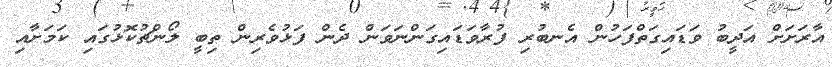
އާރަށަށް އަދީބު ވަޑައިގަތްފަހުން އެނބުރި ފުރާވަޑައިގަންނަވަން ދެން ފަޅުވެރިން ތިބީ ލޯންޗުކޮޅުގައި ކަމަށާއި